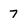
Character: 7